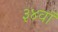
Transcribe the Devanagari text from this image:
३४वॉ